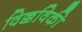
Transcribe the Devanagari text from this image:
विक्कविकी